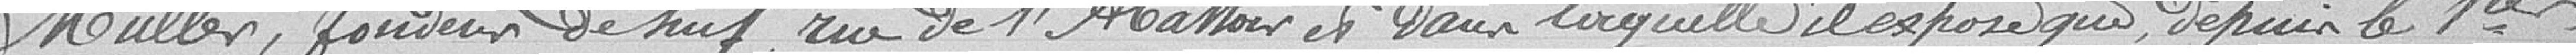
Muller, fondeur de suif, rue de l'abattoir et dans laquelle il expose que depuis le 1er